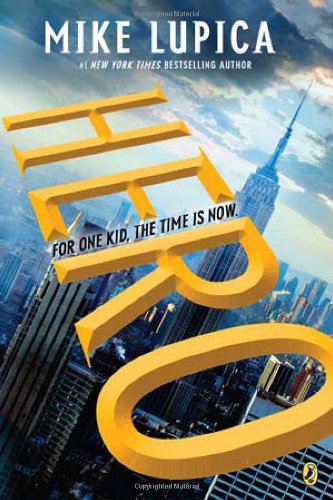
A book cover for Hero; Mike Lupica; Children's Books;